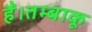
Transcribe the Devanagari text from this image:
हैं।तम्बाकू